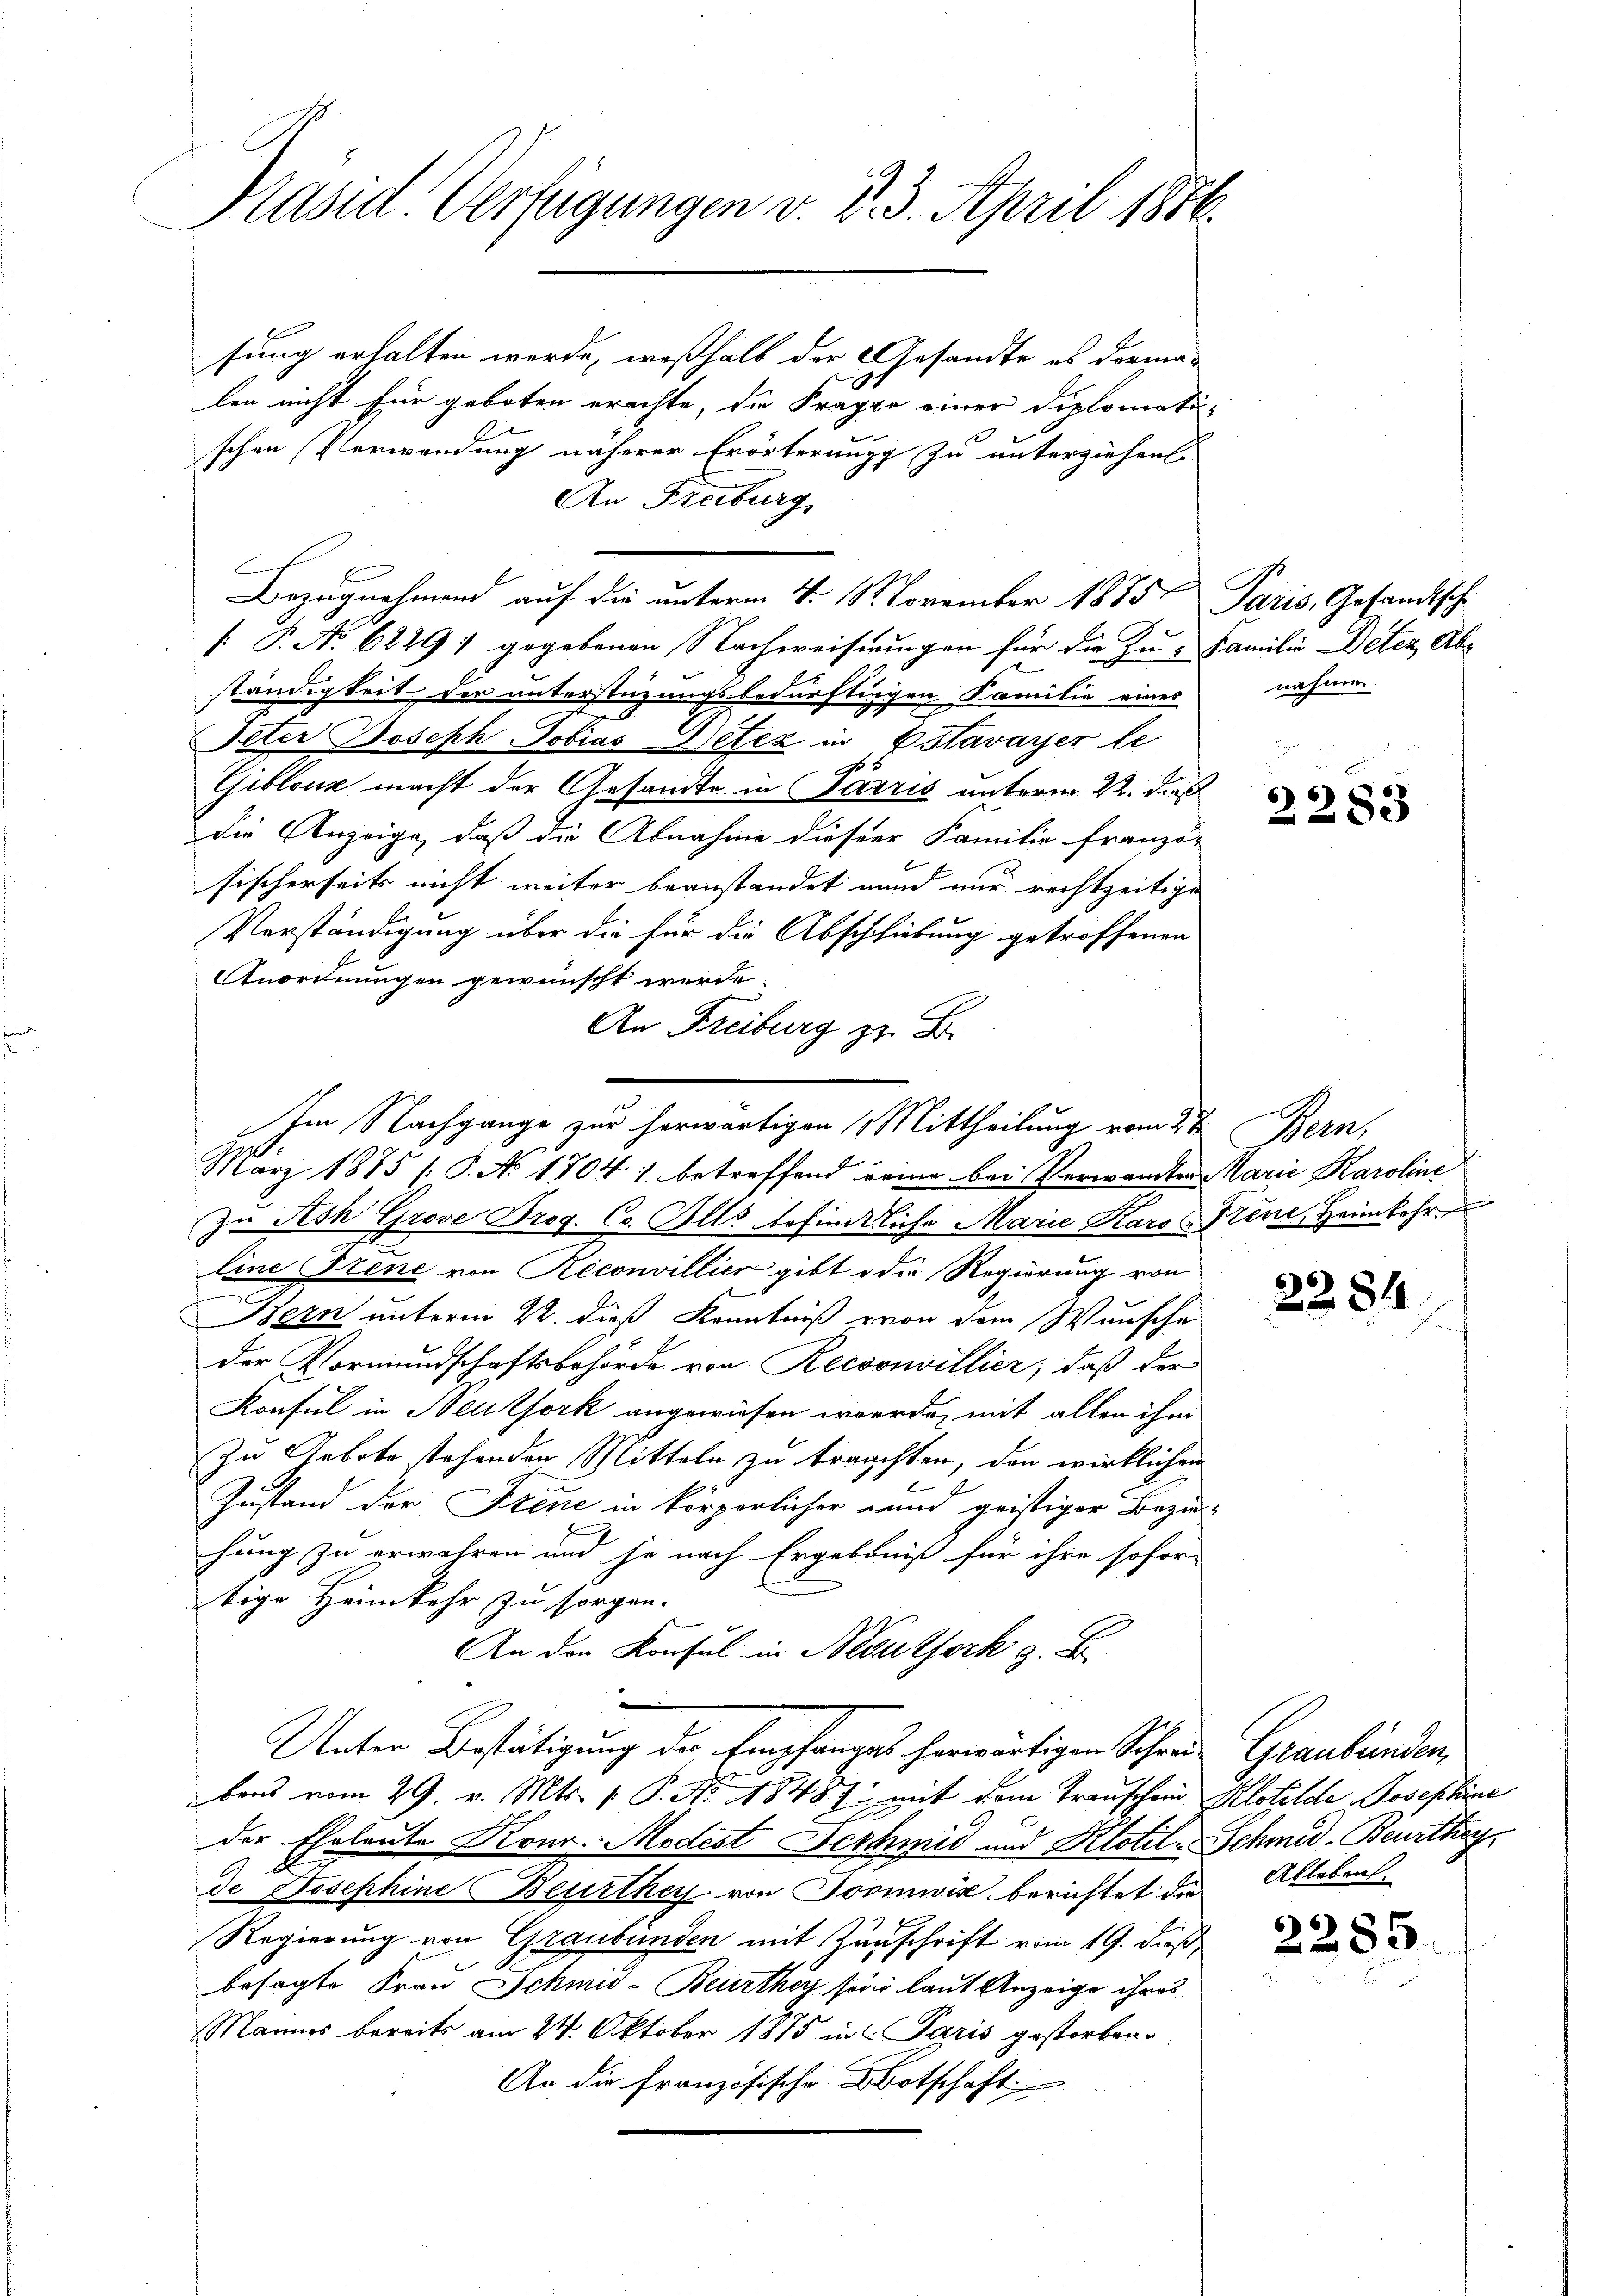
Präsid. Verfügungen v. d. 3. April 1886.

fung erhalten werde, weßhalb der Gesandte es derma-
len nicht für geboten erachte, die Fragte einer Diplomatischen Verwendung näherer Erörterung zu unterziehen.
An Freiburg
 P. No 6229) gegebenen Nachweiserungen für die Zu- Familie Deter Abb
ständigkeit der unterstüzungsbedürftingen Familie eines
Oeter Joseph Tobias Wetez in Estavayer le
5
9
Giblock macht der Gesandte in Sarris unterm 22. Dies
die Anzeige, daß die Abnahme dieser Familie franzö-
sischerseits nicht weiter beanstandet und nur rechtzeitige
Verständigung über die für die Abschiebung getroffenen
Anordnungen gewünscht werde.
An Freiburg z. B.
März 1875 /.P. No 1704) betreffend deme bei Verwandten Marie Karoline
zŭ Ash Grove Trog. Co. Alls befindliche Marie Karo Frene Heimkehr
line Frene von Reconvillier gibt die Regierung von
Bern unterm 22. dieß Kenntniß von dem Wunsche
der Vormundschaftsbehörde von Reconvillier, daß der
Konsul in Neuthork angewiesen werde, mit allen ihm
Zu Gebote stehenden Mitteln zu trachten, den wirklichen
Zustand der Szene in körperlicher und geistiger Bezie-
hung zu erwahren und je nach Ergebniß für ihre sofor-
tige Heimkehr zu sorgen.
An den Konsul in Neuthork z. B.
e
Unter Bestätigung der Empfanges herwärtigen Schreie Graubünden,
bens vom 29. v. Mts. f. P. No. 18487 mit dem Transchein Klotilde Josephine
der Eheleute Konr. Modest Beschmid und Klotil- Schmid-Beurthe
de Josephine Beurthey von Joomwis berichtet die
Regierung von Graubünden mit Zuschrift vom 19. dieß,
besagte Frau Schmid-Beurthey sein laut Anzeige ihres
Mannes bereits am 24. Oktober 1875 in Paris gestorben.
An die französische Botschaft

Bezugnehmend auf die unterm 4. November 1875. Paris, Gesandtsch

Im Nachgange zur herwärtigen Mittheilung vom 27. Bern,

nahme.

6)
83

2284

Ableben.

2285.